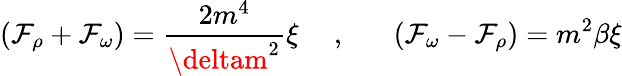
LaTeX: (\mathcal{F}_{\rho}+\mathcal{F}_{\omega})=\frac{{2m^{4}}}{{\deltam^{2}}}\xi\mathrm{{~\ \ \ \ ,~\ \, ~\ \ \ }}(\mathcal{F}_{\omega}-\mathcal{F}_{\rho})=m^{2}\beta\xi